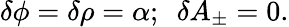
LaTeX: \delta\phi=\delta\rho=\alpha;~~\delta A_{\pm}=0.